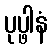
ပုပ္ဖါနံ